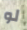
لو